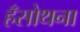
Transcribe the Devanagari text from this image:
हँसोथना